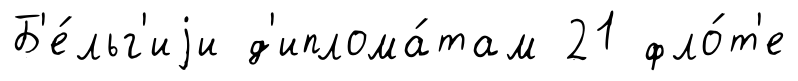
Б'е́льг'иjи д'иплома́там 21 фло́т'е